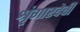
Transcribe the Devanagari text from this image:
श्रृंगारदेवी